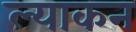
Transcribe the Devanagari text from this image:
ल्याकन